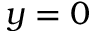
y = 0